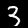
Digit: 3